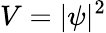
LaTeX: V=|\psi|^{2}